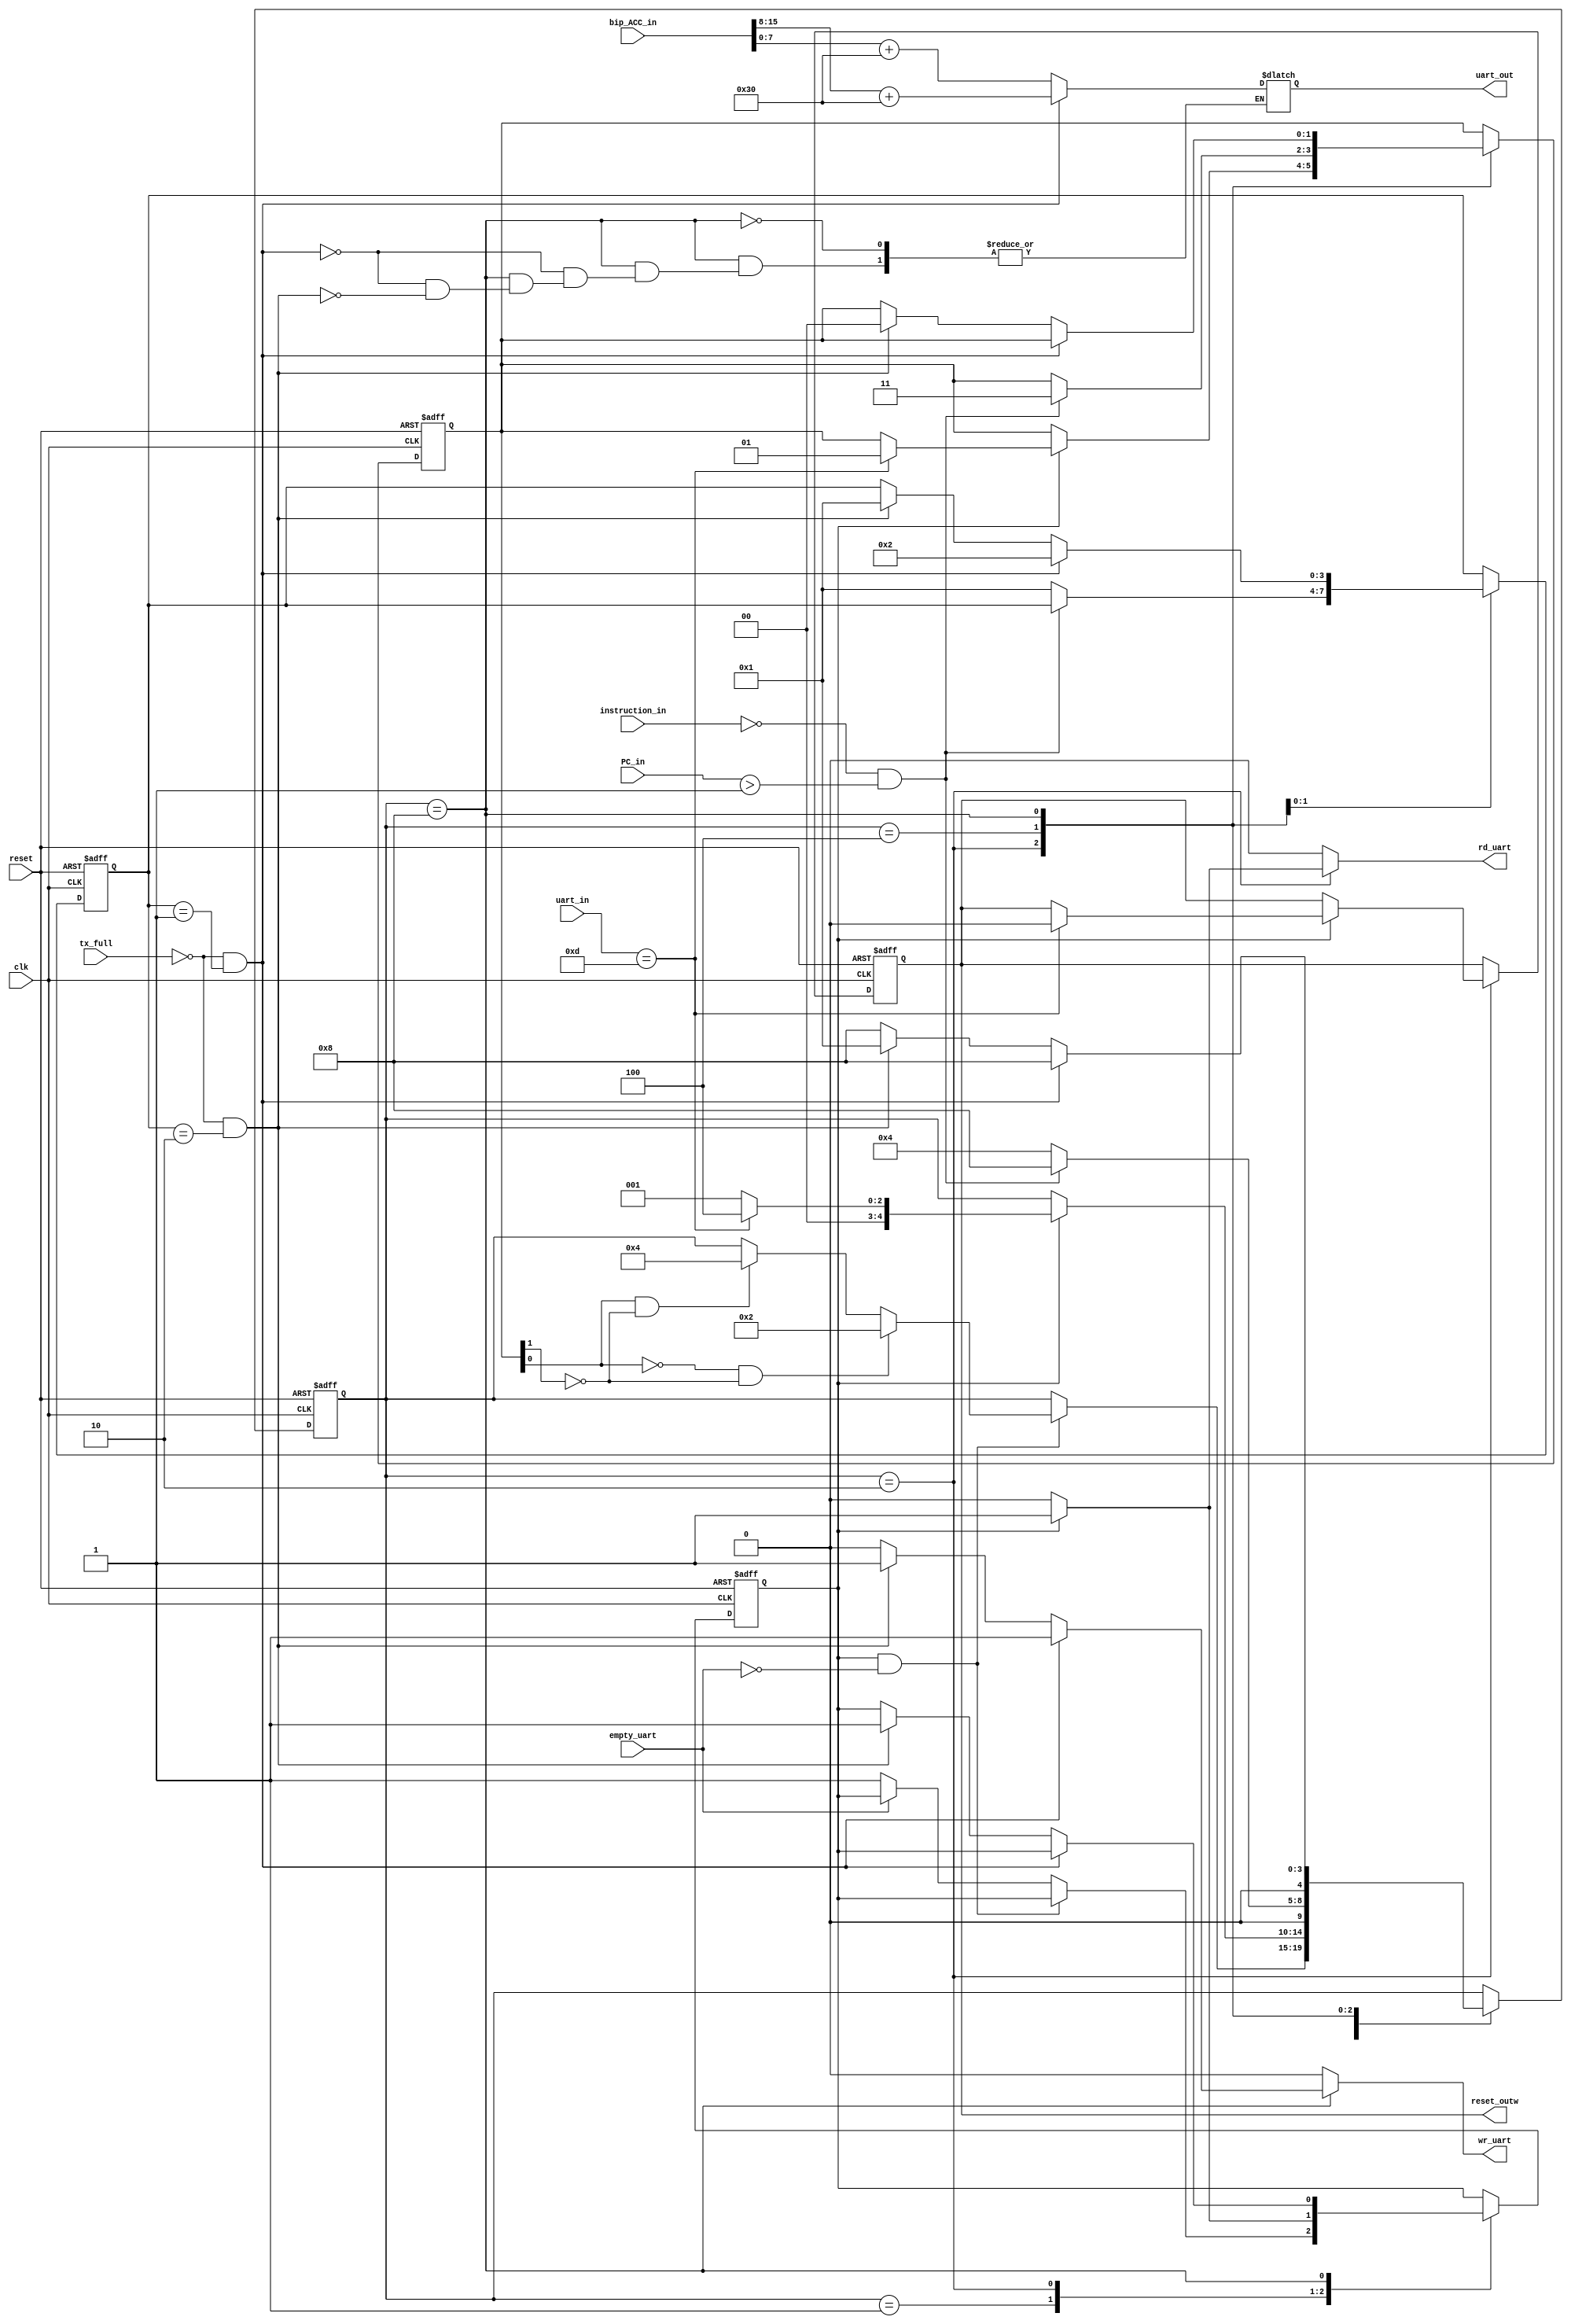
`timescale 1ns / 1ps
//////////////////////////////////////////////////////////////////////////////////
// Company: 
// Engineer: 
// 
// Design Name: 
// Module Name:    interface 
// Project Name: 
// Target Devices: 
// Tool versions: 
// Description: 
//
// Dependencies: 
//
// Revision: 
// Revision 0.01 - File Created
// Additional Comments: 
//
//////////////////////////////////////////////////////////////////////////////////
module interface
#(parameter N = 8) // N: numero de bits de datos
(clk, reset, instruction_in, empty_uart, tx_full, uart_in, bip_ACC_in, PC_in,
 uart_out, rd_uart, wr_uart, reset_outw);
	// Entradas intf
	//input wire [3:0] buff_in; // buffer de entrada vinculado a la FPGA y asociado a cada estado de carga de valores en manejador_ALU
	input wire empty_uart, tx_full; // bandera empty de uart como entrada y full de uart
	input wire [N-1:0] uart_in;
	input wire [15:0] bip_ACC_in;
	input wire [15:0] instruction_in;
	input wire clk, reset; // clk: clock de FPGA - reset: seal para resetear FSM
	input wire [10:0] PC_in;
	//input wire s_tick_clk; // s_tick_clk: clock de baud rate gen.
	
	// Salidas intf
	output wire [N-1:0] uart_out;	
	output reg rd_uart=0, wr_uart=0;
	output wire reset_outw;
	 
	// Declaracion de estados
   localparam [4:0]
      idle = 5'b00001, // estado de espera para cambio de estado
		start_BIP = 5'b00010,// estado para almacenar recepcion de UART en dato_A de manejador_ALU
      idle_HALT = 5'b00100,// estado para almacenar recepcion de UART en dato_B de manejador_ALU
      result_ACC  = 5'b01000;// estado para avisar resultado a transmitir por UART

   // Declaracion de seales con inicializacion en cada una
   reg [4:0] state, state_next=idle;// estados de 4 bits
	reg reset_out, reset_out_next=1;
	reg enable, enable_next = 1'b1; // bit de habilitacion para cargar dato
	reg [1:0] turn, turn_next = 0; 	// turno de carga de estados
												// si turn = 00 -> se carga A
												// si turn = 01 -> se carga B
												// si turn = 10 -> se carga Op
	reg [N-1:0] reg_uart_out = 52;
	reg [N-1:0] entrada_op = 1;
	reg [3:0] cont, cont_next = 0, ct, ct_next=0; // contador de transmisiones
	

   // Estados de la FSM
   always @(posedge clk, posedge reset)
      if (reset)
         begin
            state <= idle;
				turn  <= 2'b00;
				enable <= 1'b1;
				reset_out <= 1'b1;
				cont <= 0;
				ct <= 0;
         end
      else
         begin
            state <= state_next;
				turn <= turn_next;
				enable <= enable_next;
				reset_out <= reset_out_next;
				cont <= cont_next;
				ct <= ct_next;
         end

   // Logica de siguiente estado
   always @*
   begin
		// default: por defecto se mantienen los valores anteriores
      state_next = state;
		enable_next = enable;
		turn_next = turn;
		rd_uart = 1'b0; // recepcion no leida
		wr_uart = 1'b0; // no realizar transmision
		reset_out_next = reset_out;
		cont_next = cont;
		ct_next = ct;
		//reset_out_next = reset_out;
      case (state)
         idle:
				begin
            if(enable && ~empty_uart)
					begin
						if(turn[0]==0 && turn[1]==0)
							state_next = start_BIP; // estado sig -> start_BIP (inicio de ejecucion BIP)
					
						else if(turn[0] && turn[1]==0)
							state_next = idle_HALT; // estado sig -> stop_BIP (stop en reset_out)
						
						/*else if(turn[1] && ~turn[0])
							state_next = idle_HALT; // estado sig -> idle_PC (espera PC y carga de ACC)
						*/
						
					end
					
					else begin
						if(~empty_uart)
							enable_next = 1'b1; // se habilita bit para cargar nuevo dato
							end
				end
         
			start_BIP:
			begin
				if(enable)
				begin
					if(uart_in == 13) // si entrada es un enter
					begin
						reset_out_next = 1'b0;
						turn_next = 2'b01; // se cambia turno para carga de B en proxima subida de empty_uart
						state_next = idle_HALT;// estado sig ->
						rd_uart = 1'b1; // aviso a uart de recepcion leida
						enable_next = 1'b1; // se deshabilita carga hasta que se vacie nuevamente fifo
						//cont = 0;
					end
					
					else begin
						state_next = idle;
						rd_uart = 1'b1; // aviso a uart de recepcion leida
					end
					/*else begin
						rd_uart = 1'b1; // aviso a uart de recepcion leida
						enable_next = 1'b1; // se deshabilita carga hasta que se vacie nuevamente fifo
						cont = 0;
					end*/
					//state_next = idle;// estado sig ->
            end
			end
			
			idle_HALT:
			begin
				if(instruction_in==0 && PC_in > 1)// instruction_in == 0
				begin
					//reg_uart_out = bip_ACC_in[7:0] + 48;
					turn_next = 2'b11; // se cambia turno para carga de A en proxima subida de empty_uart
					state_next = result_ACC;// estado sig -> resultado para enviar resultado por uart
				end
				
				else begin
					state_next = idle_HALT;
					ct_next = 1;
				end
				//rd_uart = 1'b1; // aviso a uart de recepcion leida
				//enable_next = 1'b0; // se deshabilita carga hasta que se vacie nuevamente fifo
			end
			
			result_ACC:
			begin
				/*if(cont == 0) begin
					cont_next = 1;
					turn_next = 2'b00; // se cambia turno para carga de A en proxima subida de empty_uart
					state_next = start_BIP;
					ct_next = 1;
				end*/
				
				//else begin
					if(~tx_full && ct == 1) begin
						reg_uart_out = bip_ACC_in[15:8] + 48; // primeros 8 bits del ACC (msb)
						wr_uart = 1'b1; // realizar transmision tx uart
						ct_next = 2;
						state_next = result_ACC;// estado sig -> se vuelve a idle
					end
					
					else if(~tx_full && ct == 2)
					begin
						reg_uart_out = bip_ACC_in[7:0] + 48; // ultimos 8 bits del ACC (lsb)
						wr_uart = 1'b1; // realizar transmision tx uart
						turn_next = 2'b00; // se cambia turno para carga de A en proxima subida de empty_uart
						enable_next = 1'b1; // se habilita bit para cargar nuevo dato
						ct_next = 1;
						state_next = idle;// estado sig -> se vuelve a idle
					end
					
					else
						state_next = result_ACC;// estado sig -> se vuelve a idle
					
				//end
			end
			
		endcase
   end
   
	// Logica de Salida
	assign uart_out = reg_uart_out; // Se suma 48 ya uart transmite en ASCII
	assign reset_outw = reset_out;

endmodule